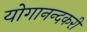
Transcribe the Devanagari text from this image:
योगानन्दकरी